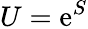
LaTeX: U=\mathrm{e}^{S}